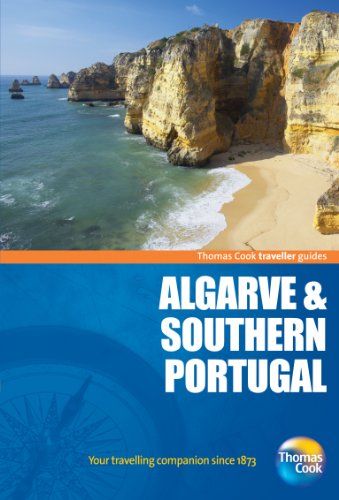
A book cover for Traveller Guides Algarve & Southern Portugal, 4th (Travellers - Thomas Cook); Thomas Cook Publishing; Travel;